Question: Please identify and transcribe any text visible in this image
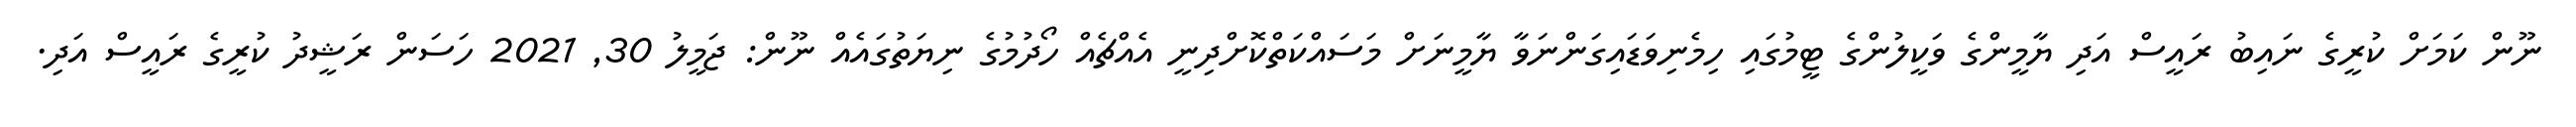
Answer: ނޫން ކަމަށް ކުރީގެ ނައިބު ރައީސް އަދި ޔާމީންގެ ވަކީލުންގެ ޓީމުގައި ހިމެނިވަޑައިގަންނަވާ ޔާމީނަށް މަސައްކަތްކޮށްދިނީ އެއްޗެއް ހޯދުމުގެ ނިޔަތުގައެއް ނޫން: ޖަމީލު 30, 2021 ހަސަން ރަޝީދު ކުރީގެ ރައީސް އަދި.